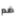
ضم